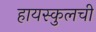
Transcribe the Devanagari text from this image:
हायस्कुलची